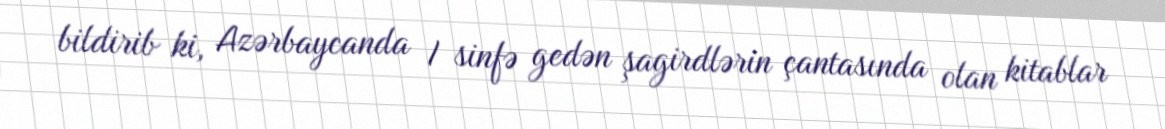
bildirib ki, Azərbaycanda I sinfə gedən şagirdlərin çantasında olan kitablar